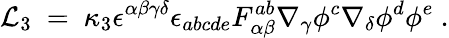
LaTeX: {\cal L}_{3}~=~\kappa_{3}\epsilon^{\alpha\beta\gamma\delta}\epsilon_{abcde}F_{\alpha\beta}^{ab}\nabla_{\gamma}\phi^{c}\nabla_{\delta}\phi^{d}\phi^{e}~.